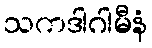
သကဒါဂါမီနံ